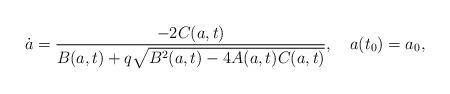
LaTeX: \begin{align*}\dot{a} = \frac{- 2 C(a,t)}{B(a,t) + q \sqrt{B^2(a,t)-4A(a,t)C(a,t)}}, \quad a(t_0) = a_0,\end{align*}